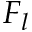
F _ { l }